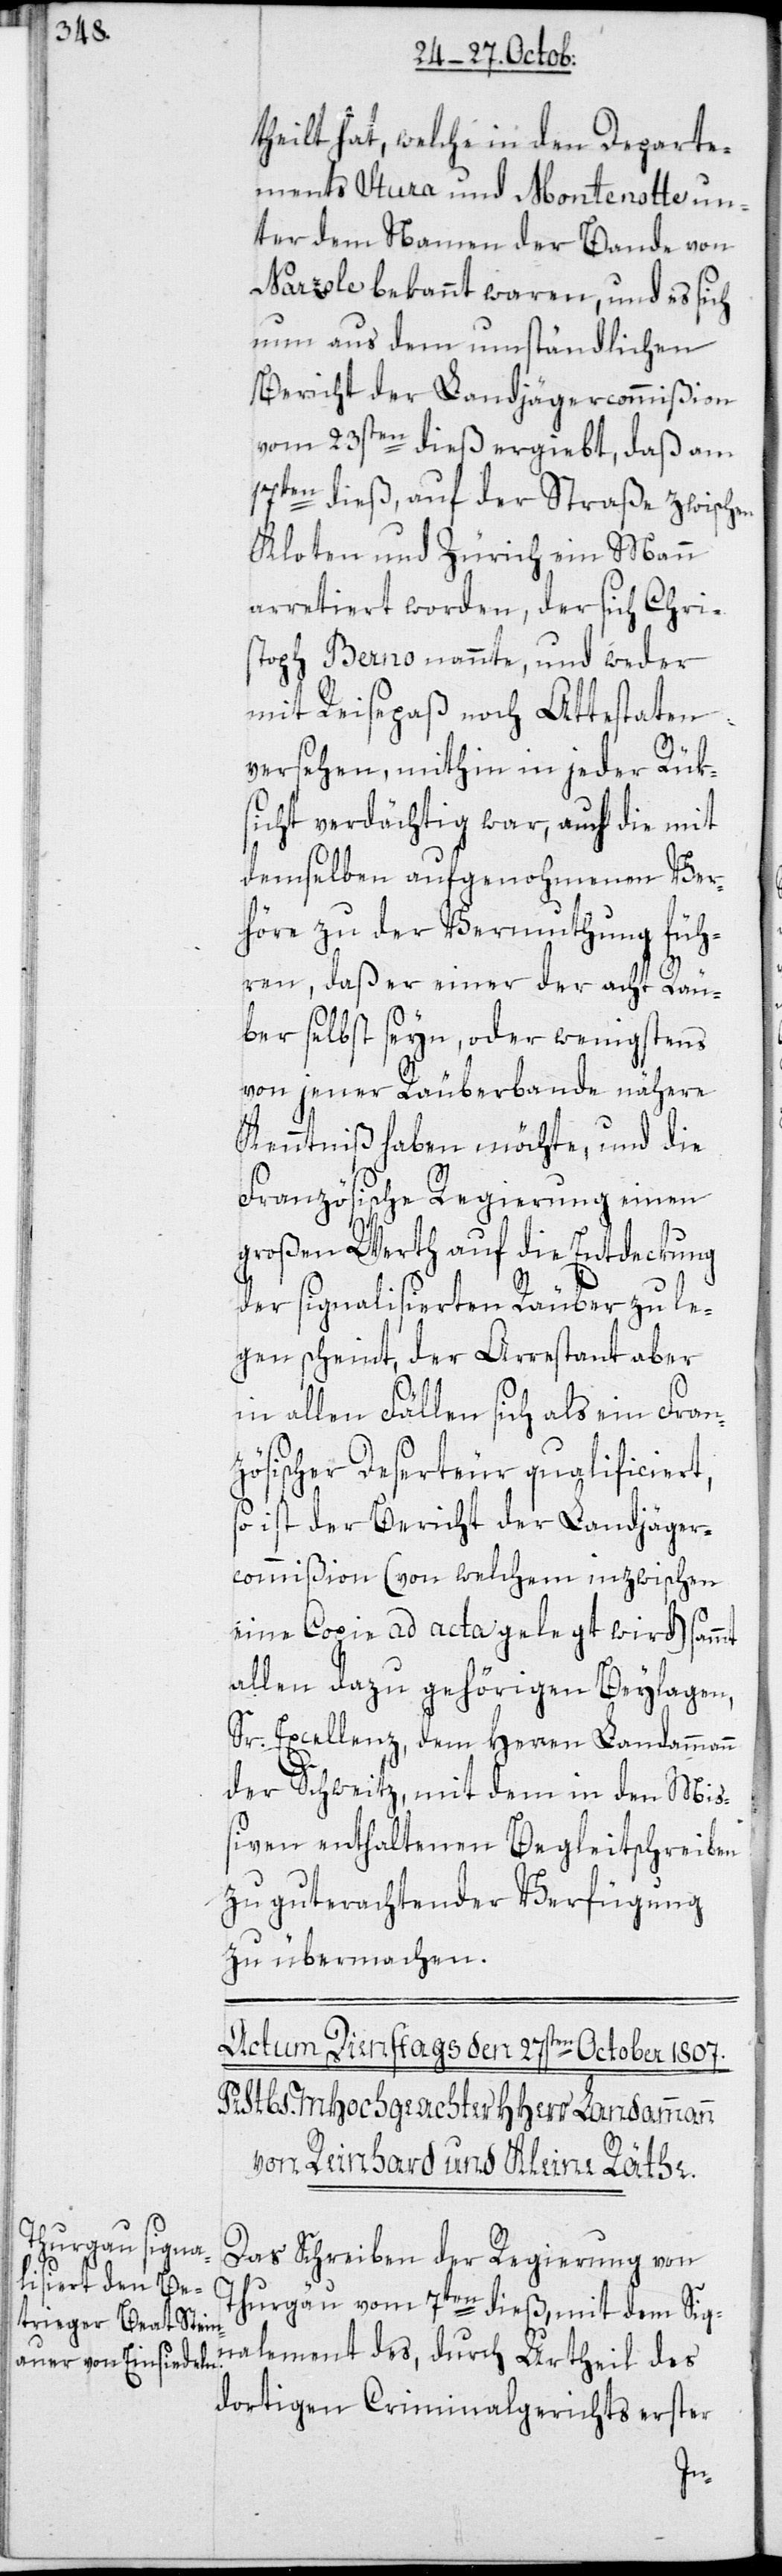
theilt hat, welche in den Departe¬
ments Stura und Montenotte un¬
ter dem Namen der Bande von
Narzole bekannt waren, und es sich
nun aus dem umständlichen
Bericht der Landjägercommißion
vom 23sten dieß ergiebt, daß am
des
17t¬
en dieß, auf der Straße zwischen
Kloten und Zürich ein Mann
arretiert worden, der sich Chri¬
stoph Berno nannte, und weder
mit Reisepaß noch Attestaten
versehen, mithin in jeder Rük¬
sicht verdächtig war, auch die mit
demselben aufgenohmenen Ver¬
höre zu der Vermuthung füh¬
ren, daß er einer der acht Räu¬
ber selbst seyn, oder wenigstens
von jener Räuberbande nähere
Kenntniß haben möchte, und die
Französische Regierung einen
großen Werth auf die Entdeckung
der signalisierten Räuber zu le¬
gen scheint, der Arrestant aber
in allen Fällen sich als ein Fran¬
zösischer Deserteur qualificiert,
so ist der Bericht der Landjäger¬
commißion (von welchem inzwischen
eine Copie ad acta gelegt wird) sammt
allen dazu gehörigen Beylagen,
Sr. Excellenz, dem Herren Landammann
der Schweitz, mit dem in den Miß¬
iven enthaltenen Begleitschreiben
zu guterachtender Verfügung
zu übermachen.
Das Schreiben der Regierung von
Thurgäu vom 7ten dieß, mit dem Sign¬
dortigen Criminalgerichts erster
ment